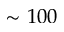
\sim 1 0 0